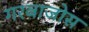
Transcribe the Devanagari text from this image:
गरबाजोस